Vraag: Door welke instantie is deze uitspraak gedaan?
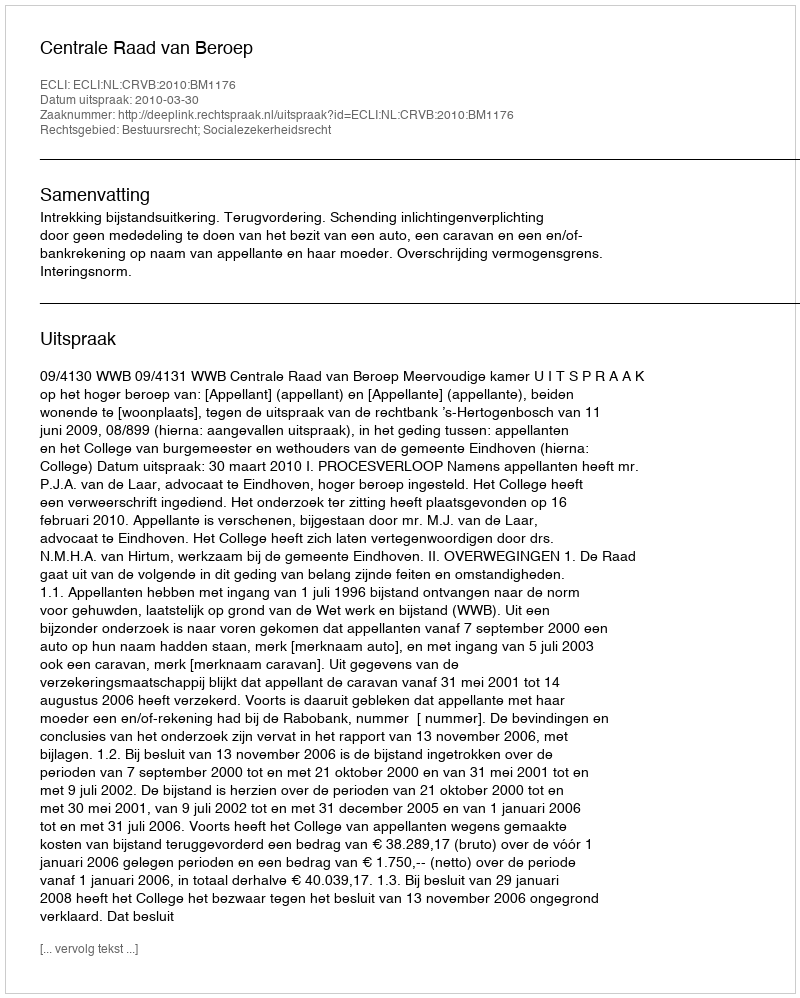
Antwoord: Centrale Raad van Beroep